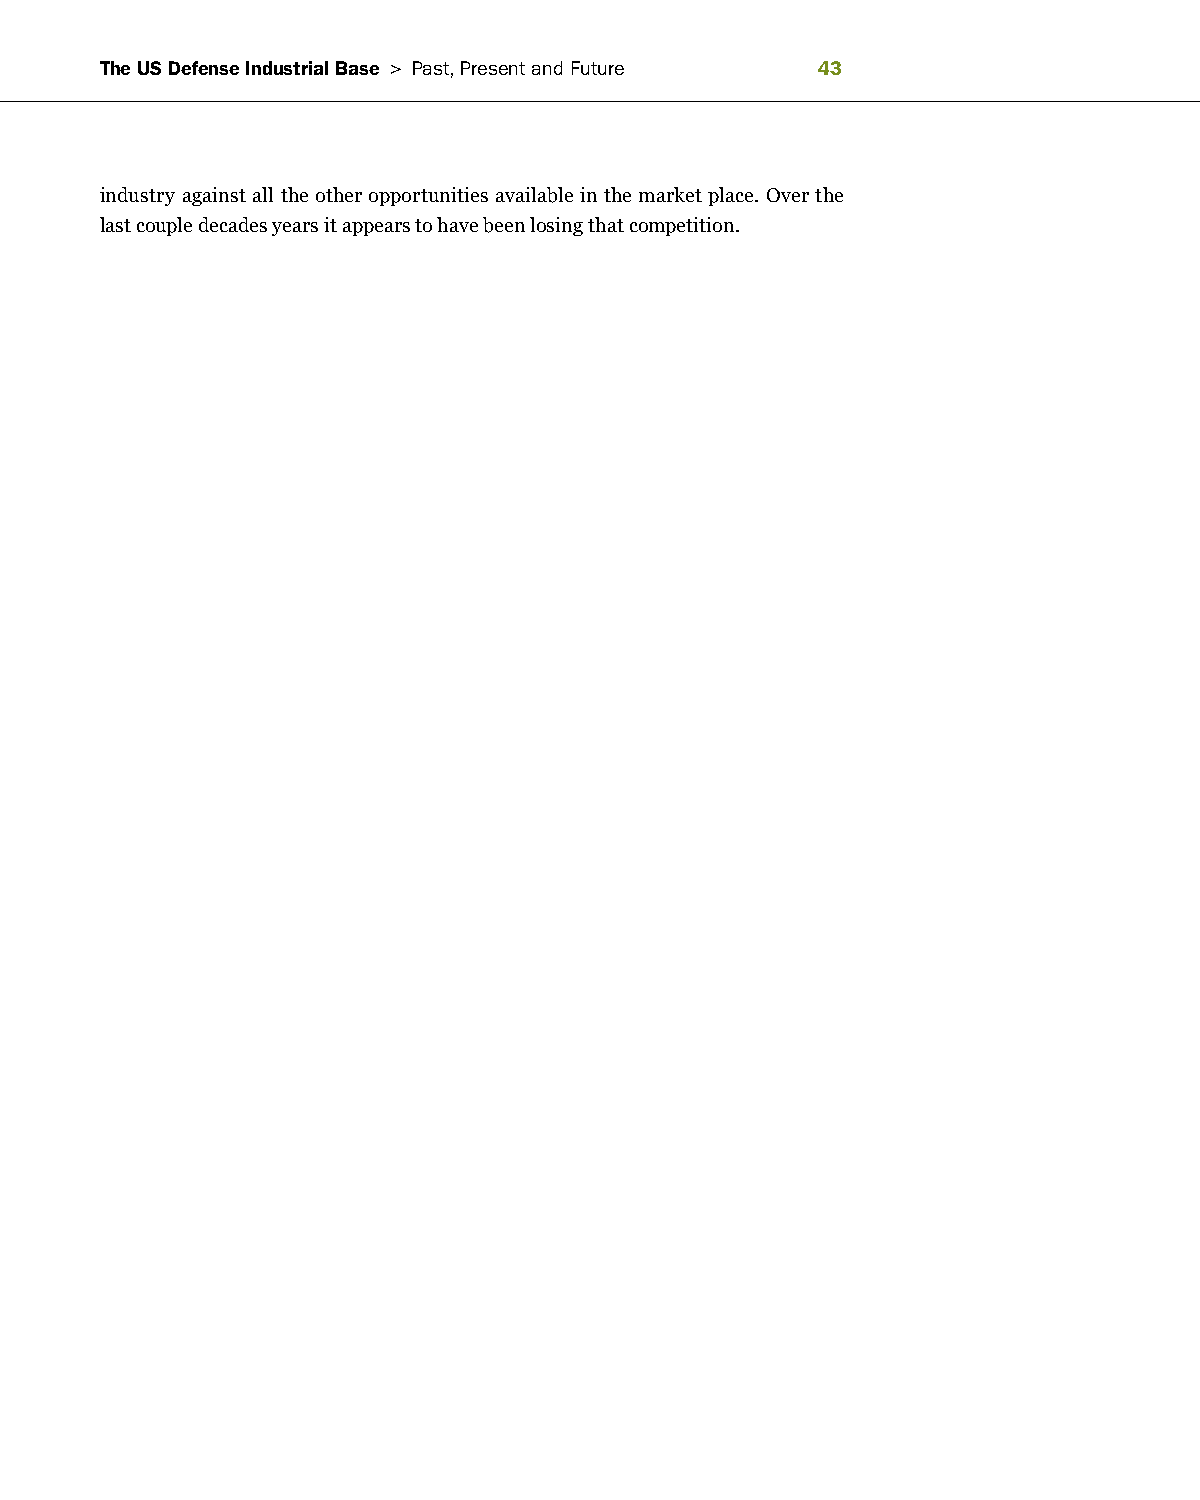
The US Defense Industrial Base > Past, Present and future 
 industry against all the other opportunities available in the market place. Over the
 last couple decades years it appears to have been losing that competition.